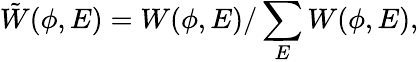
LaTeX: \tilde{W}(\phi,E)=W(\phi,E)/\sum_{E}W(\phi,E),